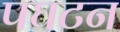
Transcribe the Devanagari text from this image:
पघटन